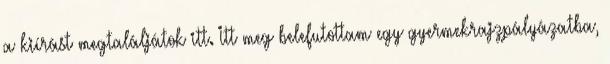
a kiírást megtaláljátok itt. Itt meg belefutottam egy gyermekrajzpályázatba,